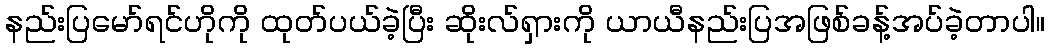
နည်းပြမော်ရင်ဟိုကို ထုတ်ပယ်ခဲ့ပြီး ဆိုးလ်ရှားကို ယာယီနည်းပြအဖြစ်ခန့်အပ်ခဲ့တာပါ။